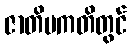
ဇာတိပကတိတွင်